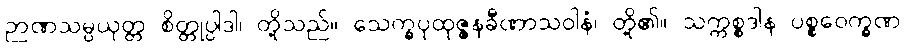
ဉာဏသမ္ပယုတ္တ စိတ္တုပ္ပါဒါ၊ တို့သည်။ သေက္ခပုထုဇ္ဇနခီဏာသဝါနံ၊ တို့၏။ သက္ကစ္စဒါန ပစ္စဝေက္ခဏ